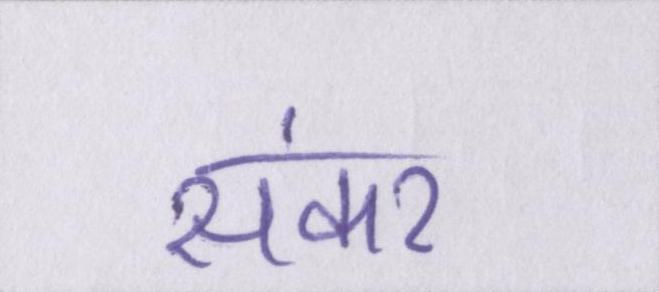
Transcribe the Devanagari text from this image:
संकर